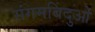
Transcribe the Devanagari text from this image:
संगमबिंदुओं